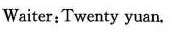
Waiter:Twenty yuan.